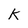
Character: K